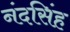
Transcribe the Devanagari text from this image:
नंदसिंह